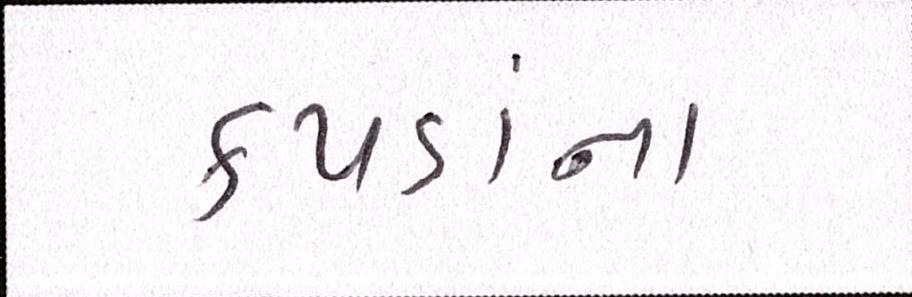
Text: કપડાંના